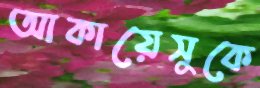
আকায়েসুকে